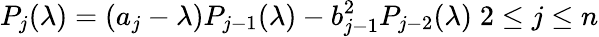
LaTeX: P_{j}(\lambda)=(a_{j}-\lambda)P_{j-1}(\lambda)-b_{j-1}^{2}P_{j-2}(\lambda)\; 2\le j\le n